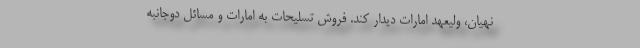
نهیان، ولیعهد امارات دیدار کند. فروش تسلیحات به امارات و مسائل دوجانبه